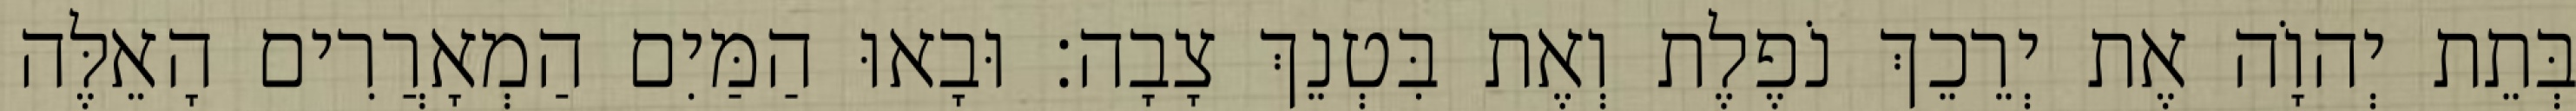
בְּתֵת יְהוָֹה אֶת יְרֵכֵךְ נֹפֶלֶת וְאֶת בִּטְנֵךְ צָבָה׃ וּבָאוּ הַמַּיִם הַמְאָרֲרִים הָאֵלֶּה